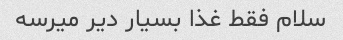
سلام فقط غذا بسیار دیر میرسه